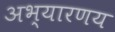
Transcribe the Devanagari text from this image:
अभ्यारणय